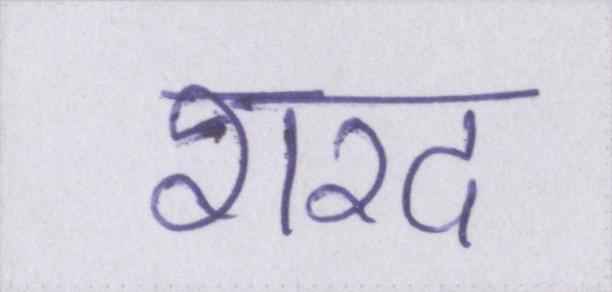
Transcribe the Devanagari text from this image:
शरद